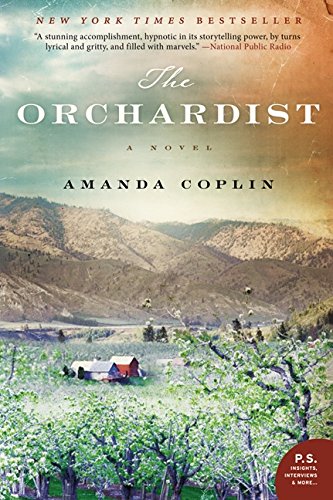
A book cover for The Orchardist: A Novel; Amanda Coplin; Literature & Fiction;